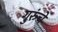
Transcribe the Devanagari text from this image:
गुरुंचे